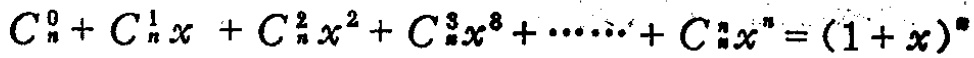
$C_{n}^{0}+C_{n}^{1}x + C_{n}^{2}x^{2}+C_{n}^{3}x^{8}+\cdots +C_{n}^{n}x^{n}=(1 + x)^{n}$